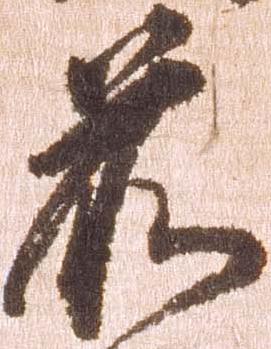
前